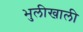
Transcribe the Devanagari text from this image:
भुलीखाली